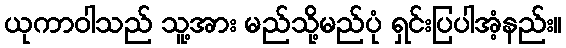
ယုကာဝါသည် သူ့အား မည်သို့မည်ပုံ ရှင်းပြပါအံ့နည်း။